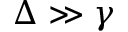
\Delta \gg \gamma